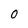
Character: 0